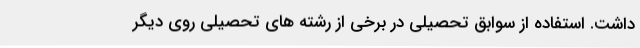
داشت. استفاده از سوابق تحصیلی در برخی از رشته های تحصیلی روی دیگر